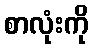
စာလုံးကို